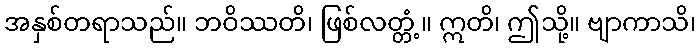
အနှစ်တရာသည်။ ဘဝိဿတိ၊ ဖြစ်လတ္တံ့။ ဣတိ၊ ဤသို့။ ဗျာကာသိ၊